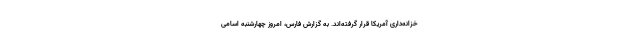
خزانه‌داری آمریکا قرار گرفته‌اند. به گزارش فارس، امروز چهارشنبه اسامی